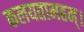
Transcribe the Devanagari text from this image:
कलयतामहम्।